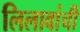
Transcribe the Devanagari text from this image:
लिलावांची